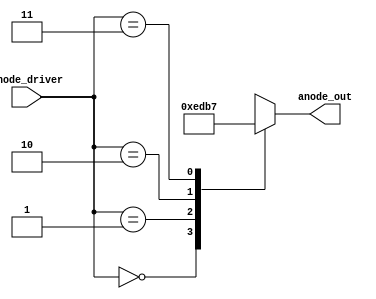
`timescale 1ns / 1ps
//////////////////////////////////////////////////////////////////////////////////
// Company: 
// Engineer: 
// 
// Design Name: 
// Module Name: anode_mux
// Project Name: 
// Target Devices: 
// Tool Versions: 
// Description: 
// 
// Dependencies: 
// 
// Revision:
// Revision 0.01 - File Created
// Additional Comments:
// 
//////////////////////////////////////////////////////////////////////////////////


module anode_mux(
    input [1:0] anode_driver,
    output reg [3:0] anode_out
    );
    
    always @(*) //4-1 mux to  increment to drive each anode one quarter of the time. 
    begin
        case(anode_driver)
            2'b00: anode_out = 4'b1110;
            2'b01: anode_out = 4'b1101;
            2'b10: anode_out = 4'b1011;
            2'b11: anode_out = 4'b0111;
        endcase
    end
    
    
endmodule